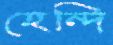
হেন্দি